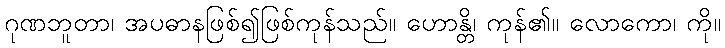
ဂုဏဘူတာ၊ အပဓာနဖြစ်၍ဖြစ်ကုန်သည်။ ဟောန္တိ၊ ကုန်၏။ လောကော၊ ကို။